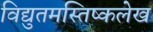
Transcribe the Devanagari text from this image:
विद्युतमस्तिष्कलेख